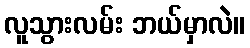
လူသွားလမ်း ဘယ်မှာလဲ။